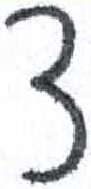
אות: צ